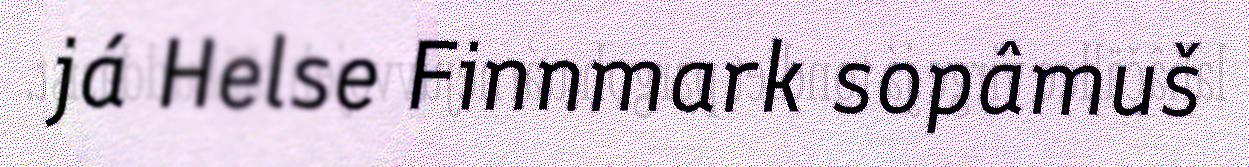
já Helse Finnmark sopâmuš